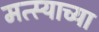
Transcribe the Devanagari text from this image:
मत्स्याच्या